Report on malaria in the Punjab during the year ...  together with an account of the work of the Punjab Malaria Bureau - Volume 4
Disease focus: Malaria
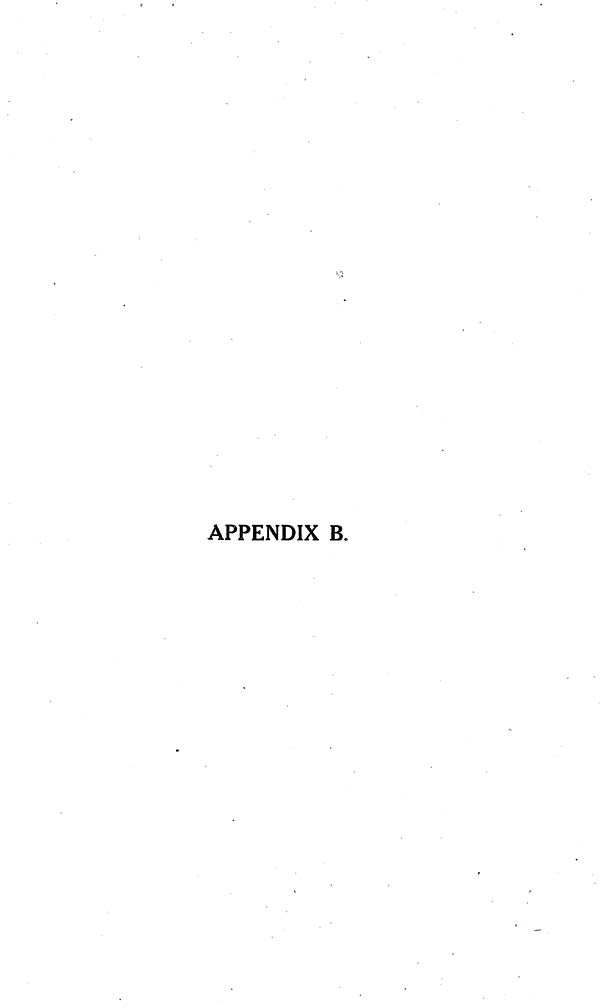
APPENDIX B.